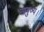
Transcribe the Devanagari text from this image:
सायुज्य।